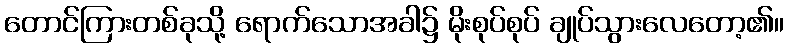
တောင်ကြားတစ်ခုသို့ ရောက်သောအခါ၌ မိုးစုပ်စုပ် ချုပ်သွားလေတော့၏။